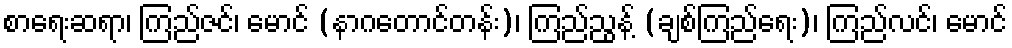
စာရေးဆရာ၊ ကြည်ဇင်၊ မောင် (နာဂတောင်တန်း)၊ ကြည်ညွန့် (ချစ်ကြည်ရေး)၊ ကြည်လင်၊ မောင်